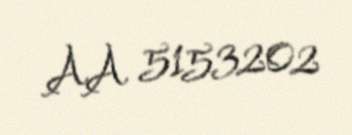
AA 5153202